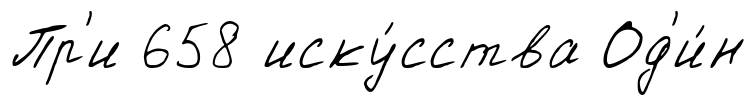
Пр'и 658 иску́сства Од'и́н